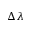
\Delta \lambda